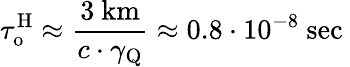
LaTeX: \tau_{\mathrm{{o}}}^{\mathrm{{H}}}\approx\frac{3\mathrm{~km}}{c\cdot\gamma_{\mathrm{{Q}}}}\approx 0.8\cdot 10^{-8}\mathrm{~sec~}